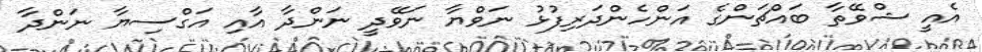
އެއީ ޝްވޭތާ ބައްޗަންގެ އަންހެންދަރިފުޅު ނަވްޔާ ނަވޭދީ ނަންދާ އާއި އަގްސިޔާ ނަންދާ